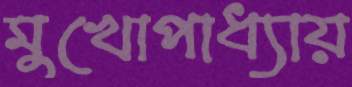
মুখোপাধ্যায়